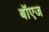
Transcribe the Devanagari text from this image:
बॉएज